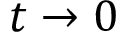
t \rightarrow 0